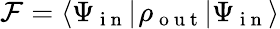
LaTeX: \mathcal{F}={\left\langle\Psi_{\mathrm{~i~n~}}\right\vert^{}}\rho_{\mathrm{~o~u~t~}}{\left\vert\Psi_{\mathrm{~i~n~}}\right\rangle}